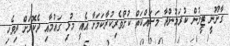
ގާނޫނީ ޓީމުން ކުރަމުންދާ މަސައްކަތް ކުށްވެރިކުރާކަމަށާ އެއީ މުޅި ގައުމާއި ދެކޮޅަށް ދިވެހި